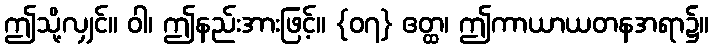
ဤသို့လျှင်။ ဝါ၊ ဤနည်းအားဖြင့်။ {၀၇} ဧတ္ထ၊ ဤကာယာယတနအရာ၌။